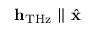
\mathbf { h } _ { \mathrm { T H z } } \parallel \hat { \mathbf { x } }